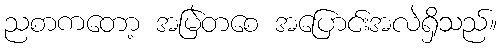
ညစာကတော့ အမြဲတစေ အပြောင်းအလဲရှိသည်။